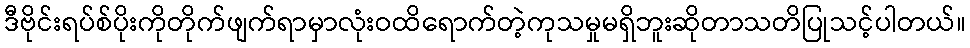
ဒီဗိုင်းရပ်စ်ပိုးကိုတိုက်ဖျက်ရာမှာလုံးဝထိရောက်တဲ့ကုသမှုမရှိဘူးဆိုတာသတိပြုသင့်ပါတယ်။